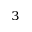
^ { 3 }